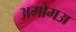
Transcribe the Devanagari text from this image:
अमोमअ